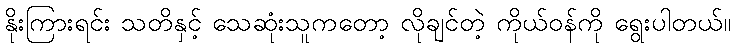
နိုးကြားရင်း သတိနှင့် သေဆုံးသူကတော့ လိုချင်တဲ့ ကိုယ်ဝန်ကို ရွေးပါတယ်။